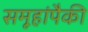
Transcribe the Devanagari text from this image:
समूहांपैकी